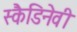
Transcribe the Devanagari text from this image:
स्कैडिनेवी